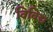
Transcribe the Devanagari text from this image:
विविद्य